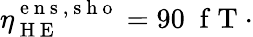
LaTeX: \eta_{\mathrm{~H~E~}}^{\mathrm{~e~n~s~,~s~h~o~}}=90\; \mathrm{~f~T~}\cdot